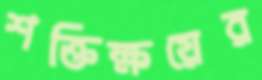
শক্তিক্ষয়ের